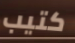
كتيب